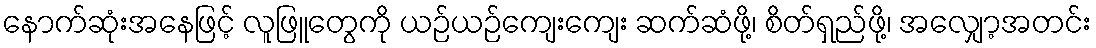
နောက်ဆုံးအနေဖြင့် လူဖြူတွေကို ယဉ်ယဉ်ကျေးကျေး ဆက်ဆံဖို့၊ စိတ်ရှည်ဖို့၊ အလျှော့အတင်း